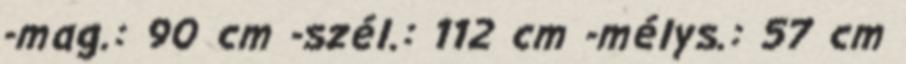
-mag.: 90 cm -szél.: 112 cm -mélys.: 57 cm